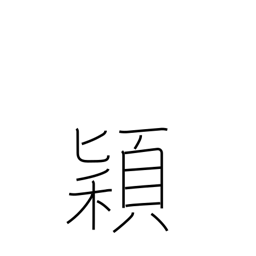
Meaning: heads of grain